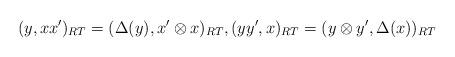
LaTeX: \begin{align*}(y, x x')_{RT} = (\Delta(y), x' \otimes x)_{RT}, (y y' , x)_{RT} = (y \otimes y', \Delta(x))_{RT}\end{align*}